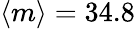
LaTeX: \langle{m}\rangle=34.8